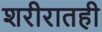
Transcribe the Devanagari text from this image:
शरीरातही